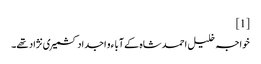
[1]
خواجہ خلیل احمد شاہ کے آبا ء و اجداد کشمیری نژاد تھے۔